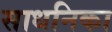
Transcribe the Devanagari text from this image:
साधनिका